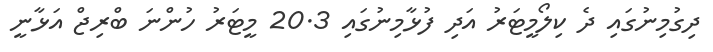
ދިގުމިނުގައި ދެ ކިލޯމީޓަރު އަދި ފުޅާމިނުގައި 20.3 މީޓަރު ހުންނަ ބްރިޖް އަޅާނީ